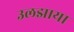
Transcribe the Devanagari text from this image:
उलझाया